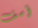
آسف